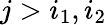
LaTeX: j>i_{1},i_{2}